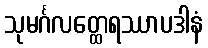
သုမင်္ဂလတ္ထေရဿာပဒါနံ